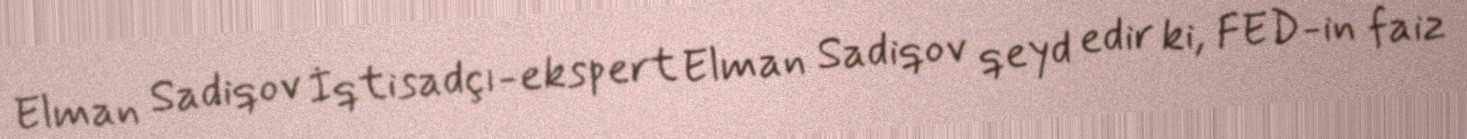
Elman Sadiqov İqtisadçı-ekspert Elman Sadiqov qeyd edir ki, FED-in faiz